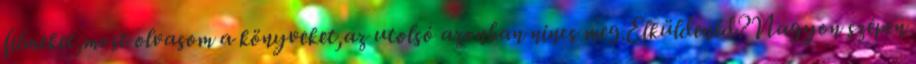
filmeket,most olvasom a könyveket,az utolsó azonban nincs meg.Elküldenéd?Nagyon szépen